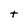
Character: t